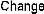
CHANGE